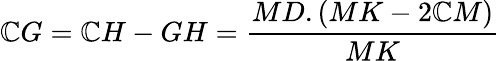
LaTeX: \mathbb{C}G=\mathbb{C}H-GH={\frac{{MD.(MK-2\mathbb{C}M)}}{{MK}}}